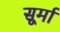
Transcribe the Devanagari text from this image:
सूर्मा